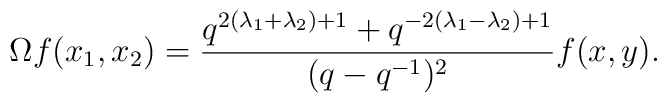
\Omega f(x_{1},x_{2})=\frac{q^{2(\lambda_{1}+\lambda_{2})+1}+q^{-2(\lambda_{1}-\lambda_{2})+1}}{(q-q^{-1})^{2}}f(x,y).